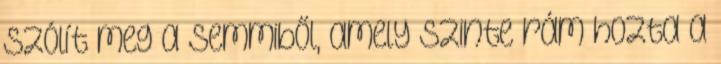
szólít meg a semmiből, amely szinte rám hozta a